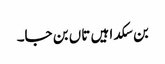
بن سکدا ہیں تاں بن جا۔